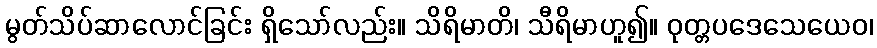
မွတ်သိပ်ဆာလောင်ခြင်း ရှိသော်လည်း။ သိရိမာတိ၊ သီရိမာဟူ၍။ ဝုတ္တပဒေသေယေဝ၊